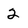
Character: 2